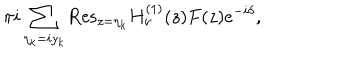
LaTeX: \pi i \sum _ { \eta _ { k } = i y _ { k } } { \mathrm { R e s } } _ { z = \eta _ { k } } H _ { \nu } ^ { ( 1 ) } ( z ) F ( z ) e ^ { - i \delta } ,